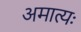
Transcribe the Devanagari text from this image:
अमात्यः